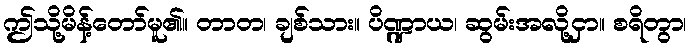
ဤသို့မိန့်တော်မူ၏။ တာတ၊ ချစ်သား။ ပိဏ္ဍာယ၊ ဆွမ်းအလို့ငှာ။ စရိတွာ၊